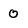
Character: 0